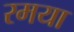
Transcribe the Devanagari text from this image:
रमया